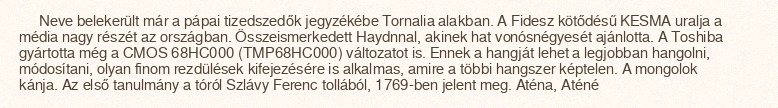
Neve belekerült már a pápai tizedszedők jegyzékébe Tornalia alakban. A Fidesz kötődésű KESMA uralja a média nagy részét az országban. Összeismerkedett Haydnnal, akinek hat vonósnégyesét ajánlotta. A Toshiba gyártotta még a CMOS 68HC000 (TMP68HC000) változatot is. Ennek a hangját lehet a legjobban hangolni, módosítani, olyan finom rezdülések kifejezésére is alkalmas, amire a többi hangszer képtelen. A mongolok kánja. Az első tanulmány a tóról Szlávy Ferenc tollából, 1769-ben jelent meg. Aténa, Aténé